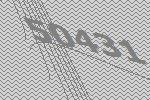
50431